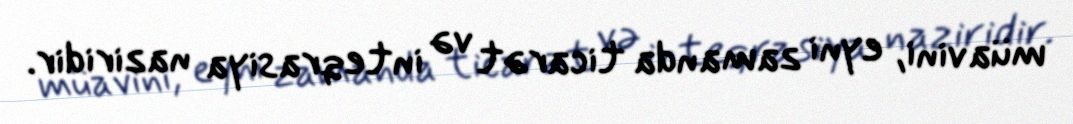
müavini, eyni zamanda ticarət və inteqrasiya naziridir.